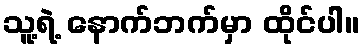
သူ့ရဲ့ နောက်ဘက်မှာ ထိုင်ပါ။